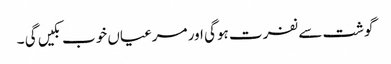
گوشت سے نفرت ہوگی اور مرغیاں خوب بکیں گی ۔